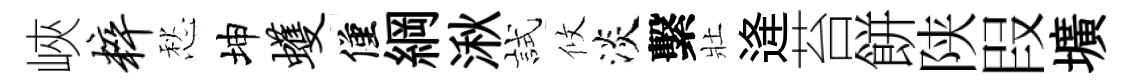
峽粹愁坤蠖僅綱湫試攸淡繫壯逄苔餅陕叚壙